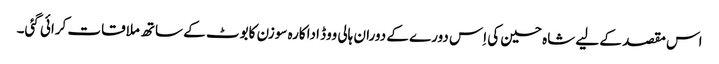
اس مقصد کے لیے شاہ حسین کی اِس دورے کے دوران ہالی ووڈ اداکارہ سوزن کابوٹ کے ساتھ ملاقات کرائی گئی۔